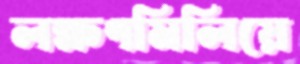
লক্ষণমিলিয়ে